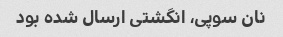
نان سوپی، انگشتی ارسال شده بود